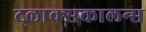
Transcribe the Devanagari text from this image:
ट्लाक्सकालन्स